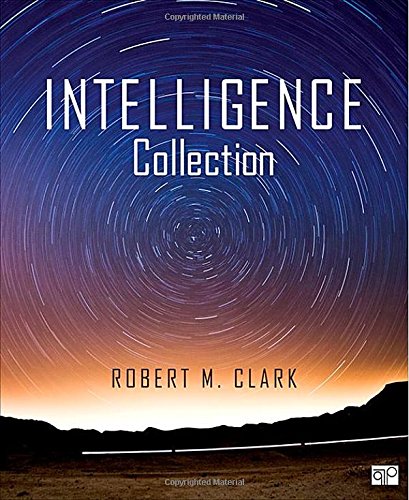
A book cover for Intelligence Collection; Robert M. Clark; Biographies & Memoirs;